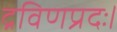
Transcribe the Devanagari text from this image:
द्रविणप्रदः।